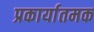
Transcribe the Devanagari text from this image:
प्रकार्यातमक